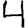
Digit: 4